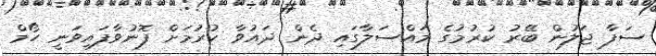
ސަފާ ޖަލުން ބޭރު ކުރުމުގެ މައްސަލާގައި ދެން ދައުވާ ކުރުމަށް ފޮނުވާފައިވަނީ ހޯމް